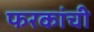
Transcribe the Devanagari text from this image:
फरकांची